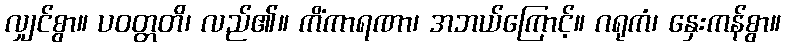
လျှင်စွာ။ ပဝတ္တတိ၊ လည်၏။ ကိံကာရဏာ၊ အဘယ်ကြောင့်။ ဂရုကံ၊ နှေးကန်စွာ။